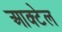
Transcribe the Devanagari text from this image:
आक्टेल